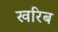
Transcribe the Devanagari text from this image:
खरिब